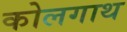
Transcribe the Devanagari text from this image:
कोलगाथ